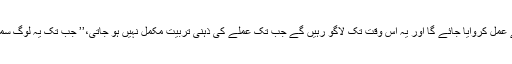
انہوں نے مزید کہا کہ نئے ضوابط پر سختی سے عمل کروایا جائے گا اور یہ اس وقت تک لاگو رہیں گے جب تک عملے کی ذہنی تربیت مکمل نہیں ہو جاتی،’’ جب تک یہ لوگ سمجھ نہیں جاتے کہ ذمہ دار رویہ کسے کہتے ہیں۔